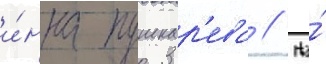
и́нна пушкар'ева // На́